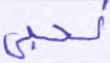
نحيي